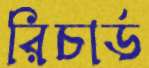
রিচার্ড